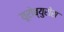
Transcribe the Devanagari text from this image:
यूरोब्युरोस